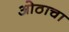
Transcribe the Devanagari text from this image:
ओठाचा